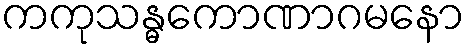
ကကုသန္ဓကောဏာဂမနော